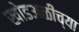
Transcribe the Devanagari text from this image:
खोडअळीच्या